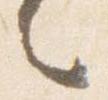
々